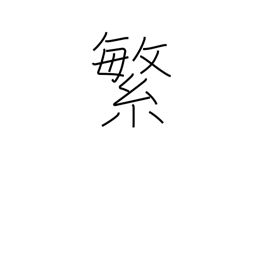
Meaning: frequency